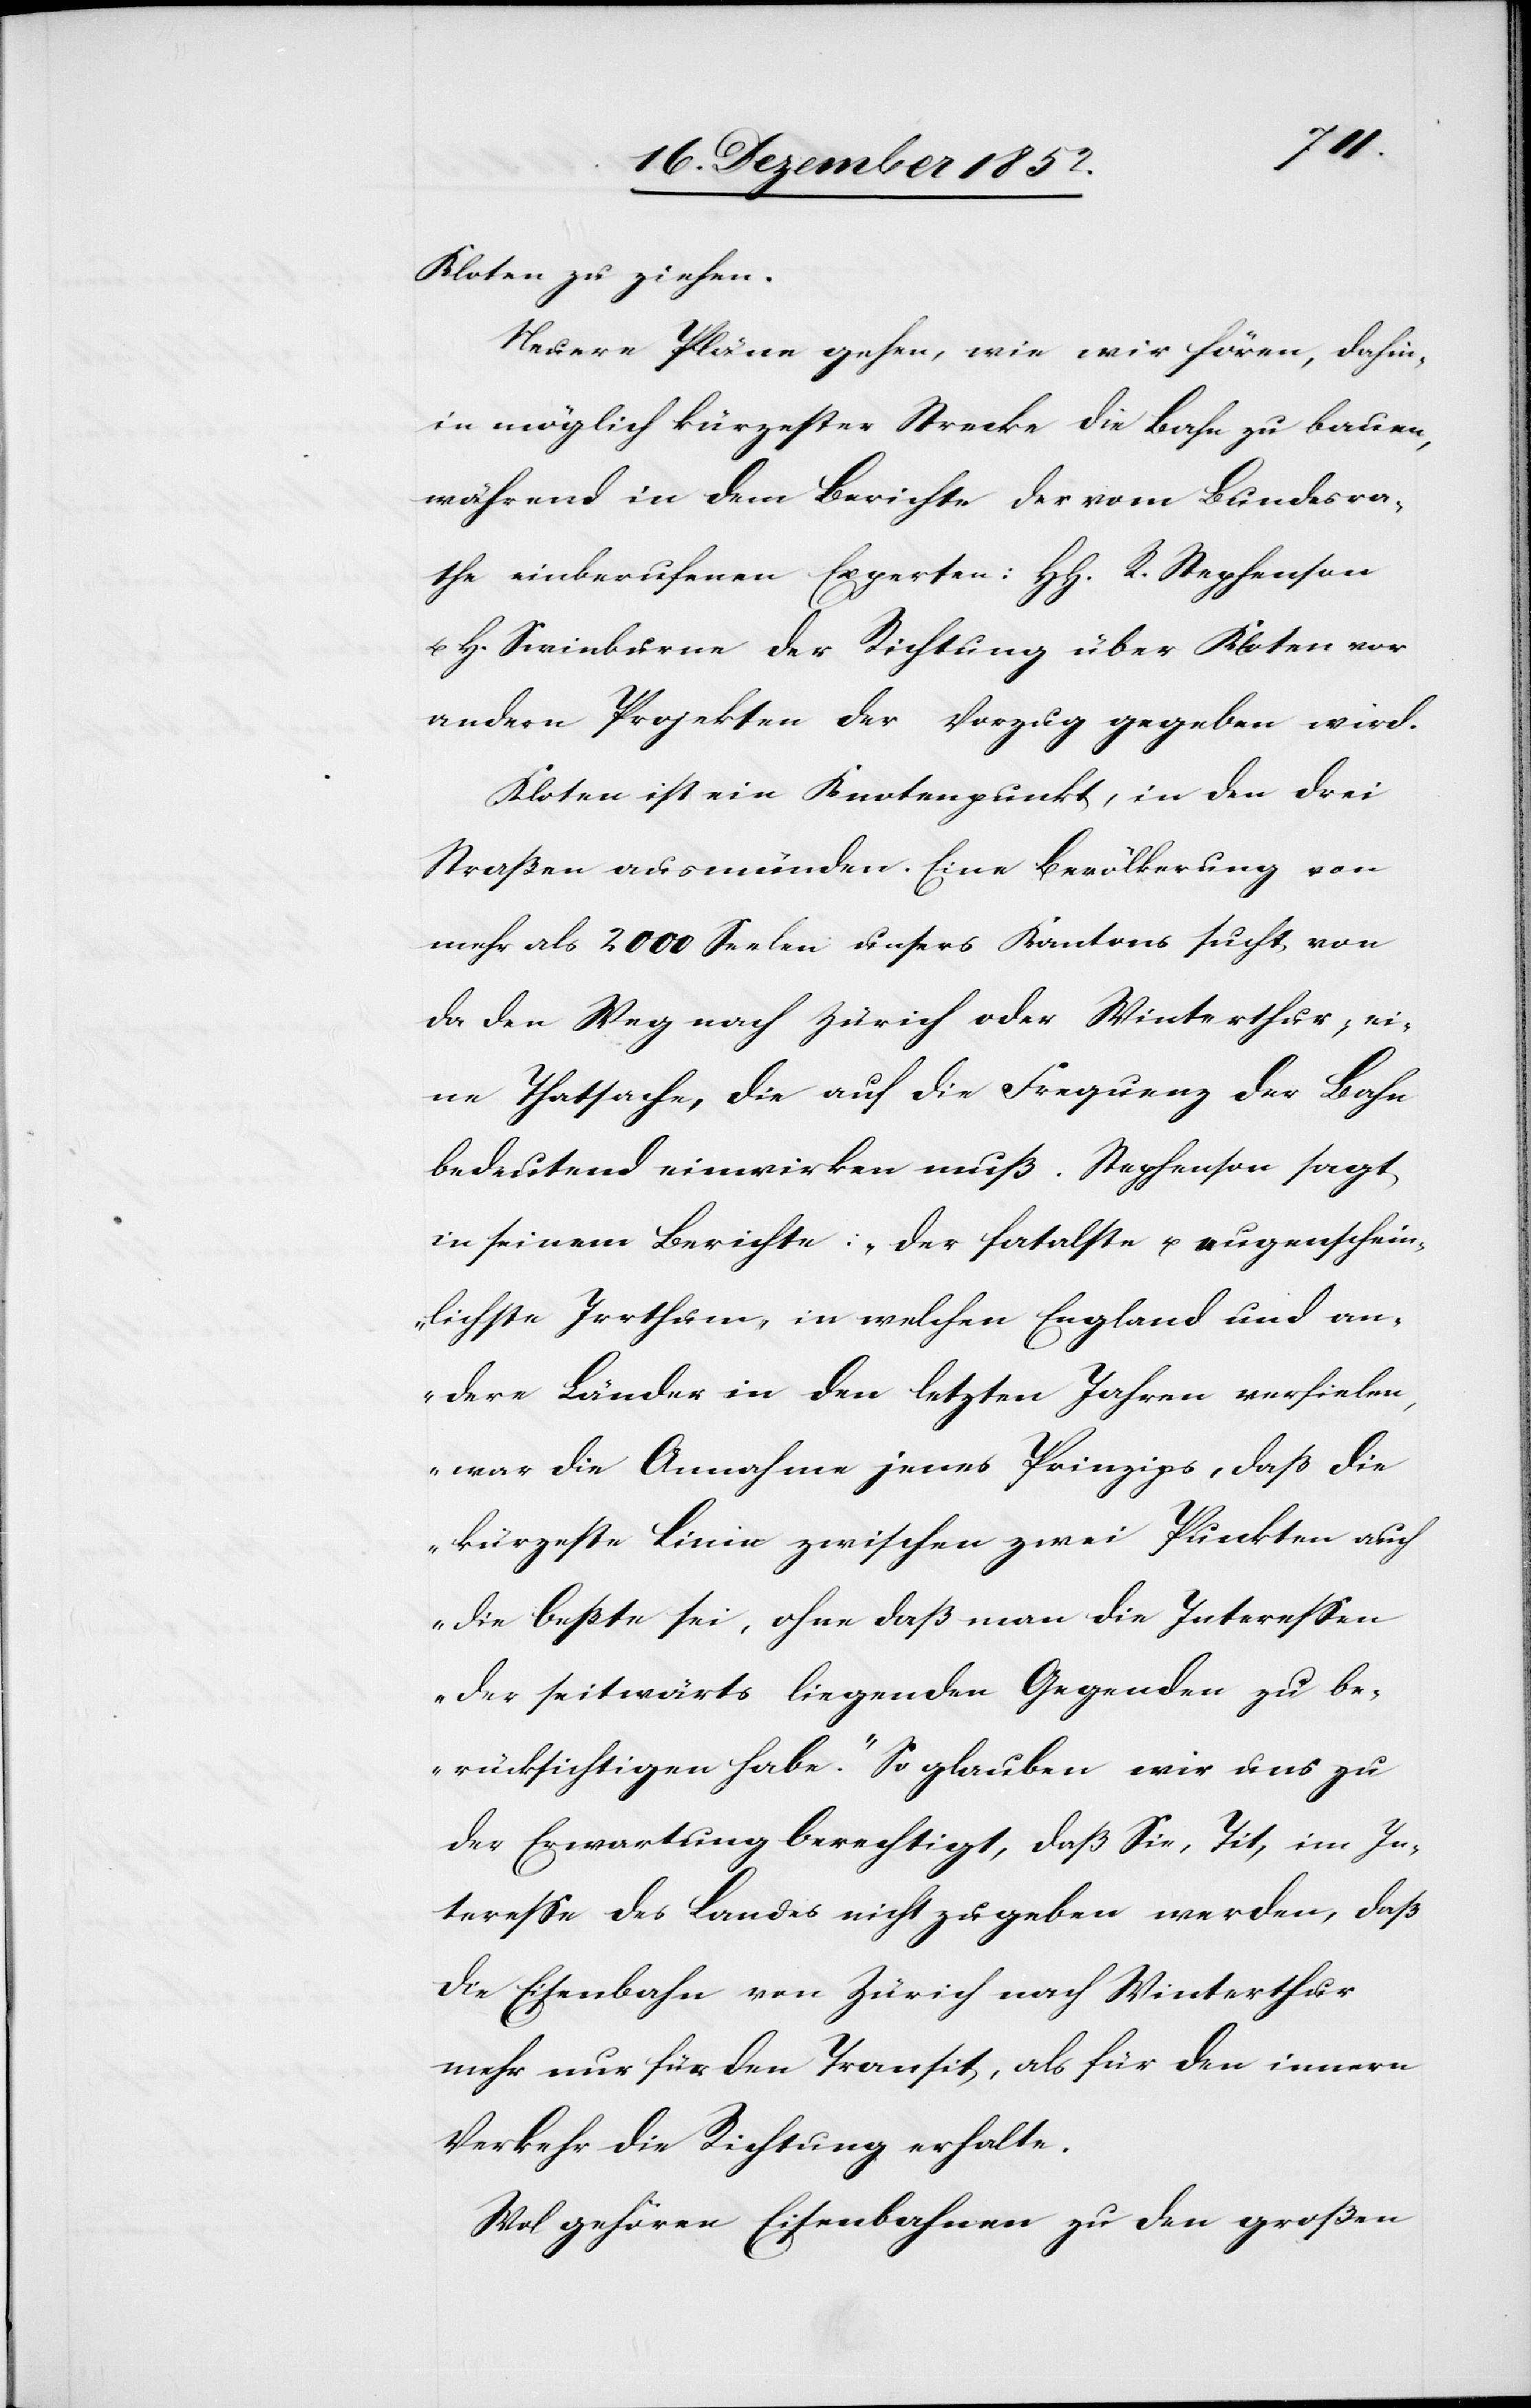
Kloten zu ziehen.
Neuere Pläne gehen, wie wir hören, dahin,
in möglich[st] kürzester Strecke die Bahn zu bauen,
während in dem Berichte der vom Bundesra¬
the einberufenen Experten: HH. R. Stephenson
u. H. Swinburne der Richtung über Kloten vor
andern Projekten der Vorzug gegeben wird.
Kloten ist ein Knotenpunkt, in den drei
Straßen ausmünden. Eine Bevölkerung von
mehr als 2000 Seelen unsers Kantons sucht von
da den Weg nach Zürich oder Winterthur; ei¬
ne Thatsache, die auf die Frequenz der Bahn
bedeutend einwirken muß. Stephenson sagt
in seinem Berichte: „Der fatalste u. augenschein¬
lichste Irrthum, in welchen England und an¬
dere Länder in den letzten Jahren verfielen,
war die Annahme jenes Prinzips, daß die
kürzeste Linie zwischen zwei Punkten auch
die beßte sei, ohne daß man die Interessen
der seitwärts liegenden Gegenden zu be¬
rücksichtigen habe.“ So glauben wir uns zu
der Erwartung berechtigt, daß Sie, Tit, im In¬
teresse des Landes nicht zugeben werden, daß
die Eisenbahn von Zürich nach Winterthur
mehr nur für den Transit, als für den innern
Verkehr die Richtung erhalte.
Wol gehören Eisenbahnen zu den großen